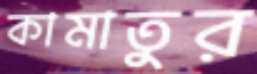
কামাতুর